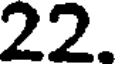
22.